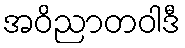
အဝိညာတဝါဒီ